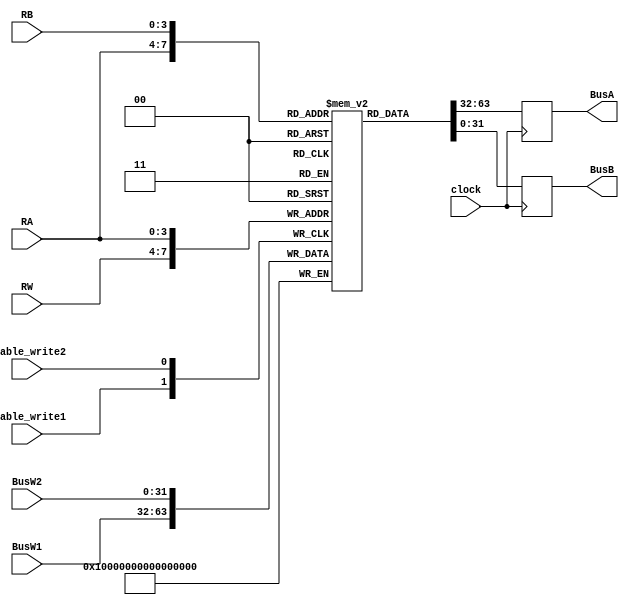

// register file (array of 32 bit 16 registers)

module registerFile(clock , RA , RB , RW, enable_write1 , enable_write2 , BusW1 , BusW2 , BusA, BusB);
	
	//---------------PORTS -----------------
	
	//clock
	input wire clock;
	
	//enabe write 1 and 2
	input wire enable_write1;
	input wire enable_write2;
	
	//register selection buses
	
	input wire [3:0] RA, RB , RW;
	
	// data read buses A & B
	output reg [31:0] BusA, BusB;	 
	
	// data write buses
	input wire [31:0] BusW1;
	input wire [31:0] BusW2;
	
	//-------- INTERNALS ------------
	
	reg [31:0] register_array [0:15]  ;
	
	// read register always
	
	always @(posedge clock) begin
		BusA = register_array[RA];
		BusB = register_array[RB];
		
	end
	// write on the register
	always @(posedge enable_write1) begin
		register_array[RW] = BusW1;
	end	   	
	
	always @(posedge enable_write2) begin
		register_array[RA] = BusW2;  
	end
		
	
	
	initial begin
		register_array[0]  <= 32'h00000000;
		register_array[1]  <= 32'h00000000;
		register_array[2]  <= 32'h00000000;
		register_array[3]  <= 32'h00000000;
		register_array[4]  <= 32'h00000000;
		register_array[5]  <= 32'h00000000;
		register_array[6]  <= 32'h00000000;
		register_array[7]  <= 32'h00000000;
		register_array[8]  <= 32'h00000000;
		register_array[9]  <= 32'h00000000;
		register_array[10]  <= 32'h00000000;
		register_array[11]  <= 32'h00000000;
		register_array[12]  <= 32'h00000000;
		register_array[13]  <= 32'h00000000;
		register_array[14]  <= 32'h00000000;
		register_array[15]  <= 32'h00000000;
	
	end
	
endmodule